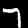
Digit: 7